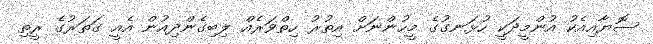
ސޮޔާއިއެކު އުންމީދަކީ ހުޅަނގުގެ މީހުންނަށް އިތުރު ހިތްވަރެއް ލިބިގެންދިއުން އެއީ ގަތަރުގެ ރީތި